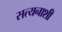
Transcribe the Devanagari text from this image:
सत्यनाशी